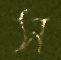
স